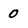
Character: 0